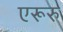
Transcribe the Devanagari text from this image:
एरूरु